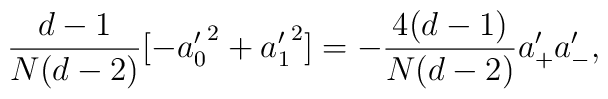
{d-1\over N(d-2)}[-{a_0'}^2+ {a_1'}^2]=-\frac{4 (d-1)}{N(d-2)} {a}_+' {a}_-',